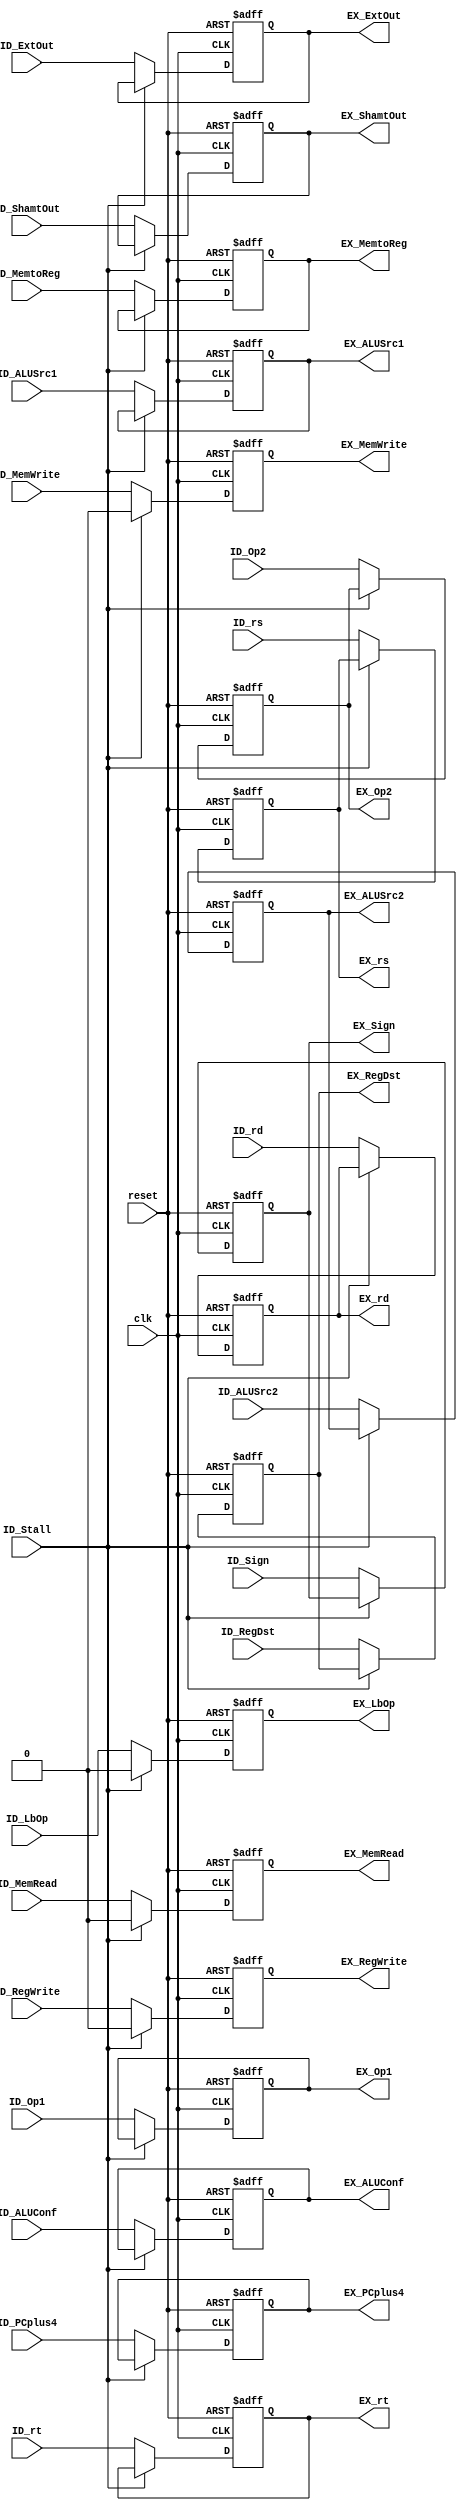
module ID_EXreg( clk,reset,ID_Stall,
              ID_MemRead,ID_RegWrite,ID_MemWrite,ID_ALUSrc1,ID_ALUSrc2,ID_MemtoReg,ID_ALUConf,ID_Sign,ID_LbOp,
              ID_PCplus4,ID_rs,ID_rt,ID_rd,ID_RegDst,
              ID_Op1,ID_Op2,ID_ExtOut,ID_ShamtOut,
              EX_MemRead,EX_RegWrite,EX_MemWrite,EX_ALUSrc1,EX_ALUSrc2,EX_MemtoReg,EX_ALUConf,EX_Sign,EX_LbOp,
              EX_PCplus4,EX_rs,EX_rt,EX_rd,EX_RegDst,
              EX_Op1,EX_Op2,EX_ExtOut,EX_ShamtOut);
input clk,reset,ID_Stall,ID_MemRead,ID_RegWrite,ID_MemWrite,ID_ALUSrc1,ID_ALUSrc2,ID_Sign,ID_LbOp;
input [1:0] ID_MemtoReg;
input [4:0] ID_ALUConf;
input [31:0] ID_PCplus4;
input [4:0] ID_rs;
input [4:0] ID_rt;
input [4:0] ID_rd;
input [1:0] ID_RegDst;
input [31:0] ID_Op1;
input [31:0] ID_Op2;
input [31:0] ID_ExtOut;
input [31:0] ID_ShamtOut;

output reg EX_MemRead,EX_RegWrite,EX_MemWrite,EX_ALUSrc1,EX_ALUSrc2,EX_Sign,EX_LbOp;
output reg [1:0] EX_MemtoReg;
output reg [4:0] EX_ALUConf;
output reg [31:0] EX_PCplus4;
output reg [4:0] EX_rs;
output reg [4:0] EX_rt;
output reg [4:0] EX_rd;
output reg [1:0] EX_RegDst;
output reg [31:0] EX_Op1;
output reg [31:0] EX_Op2;
output reg [31:0] EX_ExtOut;
output reg [31:0] EX_ShamtOut;

always@(posedge reset or posedge clk)
  if(reset)
    begin
          EX_MemRead<=1'b0;
          EX_RegWrite<=1'b0;
          EX_MemWrite<=1'b0;
          EX_ALUSrc1<=1'b0;
          EX_ALUSrc2<=1'b0;
          EX_MemtoReg<=2'b00;
          EX_ALUConf<=5'b0;
          EX_PCplus4<=32'b0;
          EX_Sign<=1'b0;
          EX_Op1<=32'b0;
          EX_Op2<=32'b0;
          EX_LbOp<=1'b0;
          EX_RegDst<=2'b00;
          EX_ExtOut<=32'b0;
          EX_ShamtOut<=32'b0;
          EX_rs<=5'b0;
          EX_rt<=5'b0;
          EX_rd<=5'b0;
    end
  else if(ID_Stall)
  begin
       
       EX_MemWrite<=1'b0;
       EX_RegWrite<=1'b0;
       EX_MemRead<=1'b0;
       EX_LbOp<=1'b0;
 end
  else
    begin
      EX_MemRead<=ID_MemRead;
      EX_RegWrite<=ID_RegWrite;
      EX_MemWrite<=ID_MemWrite;
      EX_ALUSrc1<=ID_ALUSrc1;
      EX_ALUSrc2<=ID_ALUSrc2;
      EX_MemtoReg<=ID_MemtoReg;
      EX_ALUConf<=ID_ALUConf;
      EX_PCplus4<=ID_PCplus4;
      EX_Sign<=ID_Sign;
      EX_Op1<=ID_Op1;
      EX_Op2<=ID_Op2;
      EX_LbOp<=ID_LbOp;
      EX_RegDst<=ID_RegDst;
      EX_ExtOut<=ID_ExtOut;
      EX_ShamtOut<=ID_ShamtOut;
      EX_rs<=ID_rs;
      EX_rt<=ID_rt;
      EX_rd<=ID_rd;
    end
  


endmodule